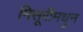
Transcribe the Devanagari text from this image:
मिसूरीमधुन